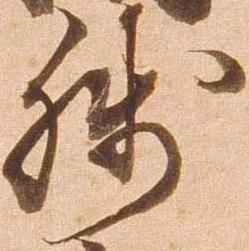
残